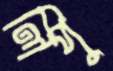
লিপু